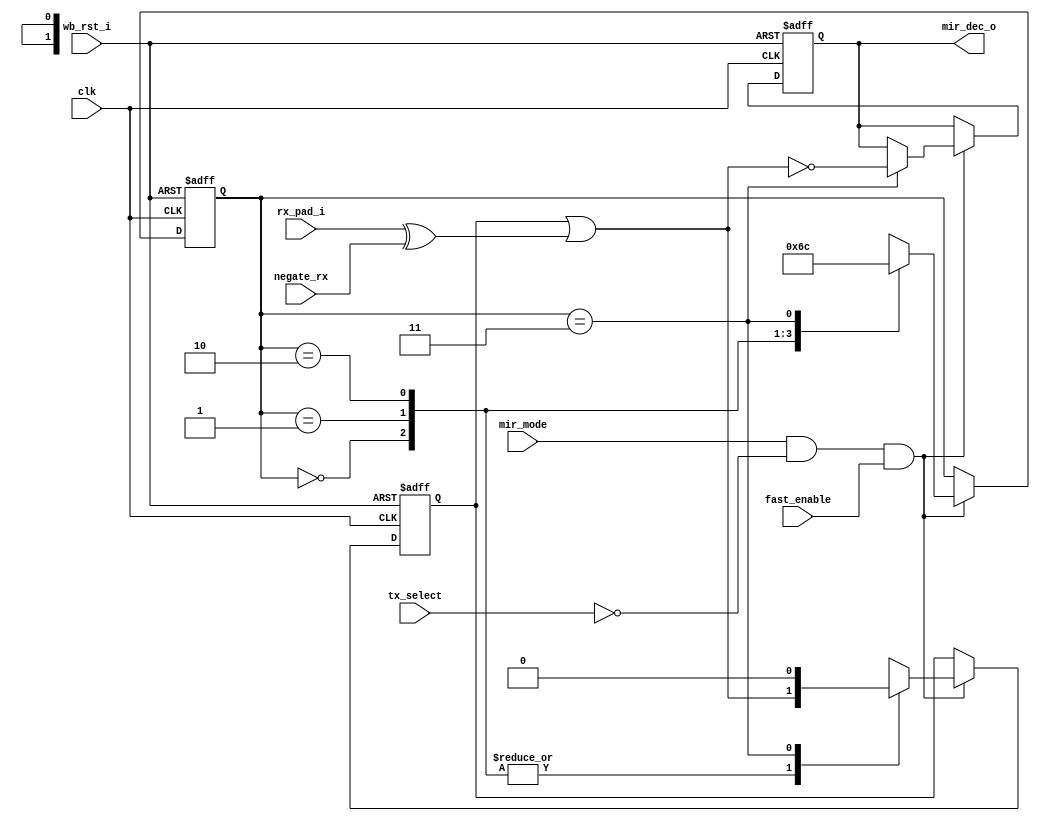
module irda_mir_decoder (clk, wb_rst_i, fast_enable, mir_mode, tx_select, rx_pad_i, negate_rx, mir_dec_o);

input		clk;
input		wb_rst_i;
input		fast_enable;
input		mir_mode;
input		tx_select;
input		negate_rx;
input		rx_pad_i;

output	mir_dec_o;
reg		mir_dec_o;

// the FSM

parameter st0=0, st1=1, st2=2, st3=3;
reg	[1:0] state;
reg	zero; // zero output (a high condition was encountered in the four bits)

wire 	rx_i = rx_pad_i ^ negate_rx;

always @(posedge clk or posedge wb_rst_i)
begin
	if (wb_rst_i) begin
		zero <= #1 0;
		state <= #1 st0;
		mir_dec_o <= #1 0;
	end else if (mir_mode && ~tx_select && fast_enable) begin
		case (state)
			st0 : begin 
						zero <= #1 zero | rx_i; 
						state <= #1 st1;
					end
			st1 : begin
						zero <= #1 zero | rx_i;
						state <= #1 st2;
					end
			st2 : begin
						zero <= #1 zero | rx_i;
						state <= #1 st3;
					end
			st3 : begin
						mir_dec_o <= #1 ! (zero | rx_i);
						zero <= #1 0;
						state <= #1 st0;
					end
		endcase
	end
end

endmodule